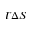
T \Delta S